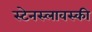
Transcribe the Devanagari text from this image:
स्टेनस्लावस्की